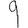
Digit: 9